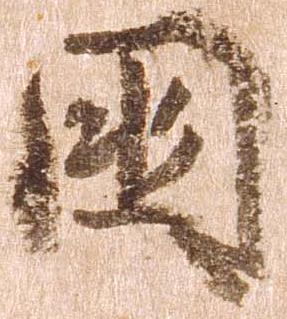
国